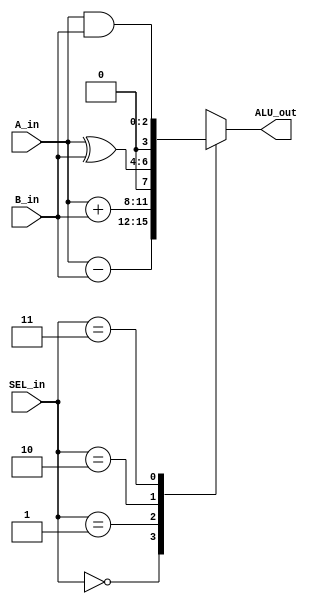
module ALU3B (
    input [2:0] A_in,
    input [2:0] B_in,
    input [1:0] SEL_in,
    output reg [3:0] ALU_out
);
    always @(*) begin
        case (SEL_in)
            2'd0 : begin ALU_out = A_in - B_in; end
            2'd1 : begin ALU_out = A_in + B_in; end  // SEL_in = 1 , ALU_out = SUMA
            2'd2 : begin ALU_out = A_in ^ B_in; end  // SEL_in = 2 , ALU_out = XOR
            2'd3 : begin ALU_out = A_in & B_in; end  // SEL_in = 3 , ALU_out = AND
            default: begin ALU_out = A_in - B_in; end // SEL_in = 0 , ALU_out = Resta, Default
        endcase
    end
endmodule